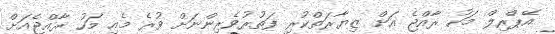
އޭޕްރިލް މަހު ރާއްޖެ އަށް ޒިޔާރަތްކުރި ފަތުރުވެރިންނަށް ވުރެ މެއި މަހު ރާއްޖެއަށް